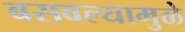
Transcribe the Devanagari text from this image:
बसवल्यामुळे